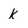
Character: k